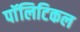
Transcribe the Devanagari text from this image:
पाॅलिटिकल